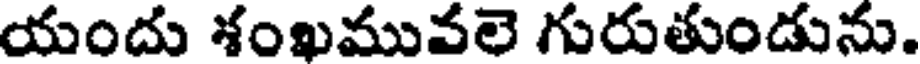
యందు శంఖమువలె గురుతుండును.